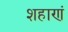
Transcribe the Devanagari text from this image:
शहाणं